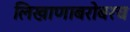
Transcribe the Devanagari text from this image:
लिखाणाबरोबरच